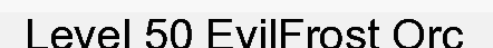
Level 50 EvilFrost Orc